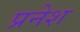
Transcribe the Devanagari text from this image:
प्रनेश